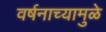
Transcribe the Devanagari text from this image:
वर्षनाच्यामुळे